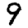
Digit: 9